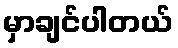
မှာချင်ပါတယ်